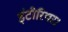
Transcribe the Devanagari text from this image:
इंटीरियर।